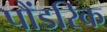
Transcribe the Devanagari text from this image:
पौंडरिक